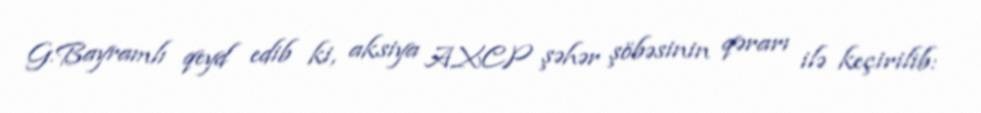
G.Bayramlı qeyd edib ki, aksiya AXCP şəhər şöbəsinin qərarı ilə keçirilib: